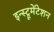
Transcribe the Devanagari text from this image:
इन्स्ट्रूमेंटेशन